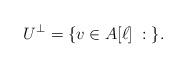
LaTeX: \begin{align*}U^\perp=\{ v \in A[\ell] \; : \; \}.\end{align*}